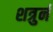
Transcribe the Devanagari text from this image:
शत्रुर्न